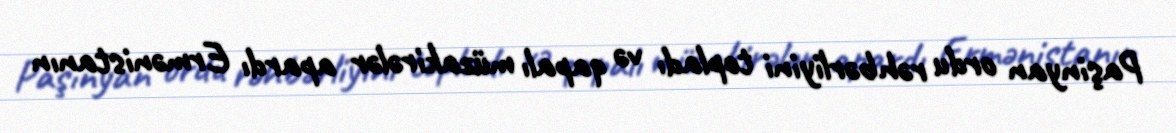
Paşinyan ordu rəhbərliyini topladı və qapalı müzakirələr apardı Ermənistanın